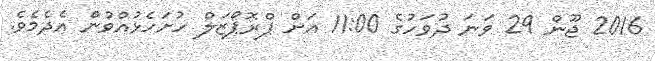
2016 ޖޫން 29 ވަނަ ދުވަހުގެ 11:00 އަށް ޕްރޮޕޯޒަލް ހުށަހެޅުއްވުން އެދެމެވެ.